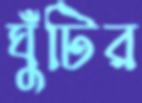
ঘুঁটির